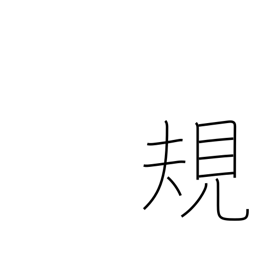
Meaning: standard